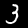
Label: 3